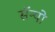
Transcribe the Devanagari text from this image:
सॅन्यो